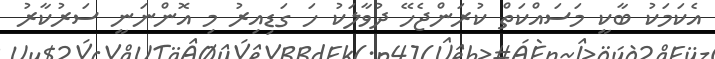
އެކަމަކު ބާކީ މަސައްކަތް ކުރަންޖެހޭ ދުވާލަކު ހަ ގަޑިއިރު މި އޮންނަނީ ސަރުކާރު